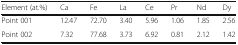
| Element (at.%) | Ca | Fe | La | Ce | Pr | Nd | Dy |
 | --- | --- | --- | --- | --- | --- | --- | --- |
 | Point 001 | 12.47 | 72.70 | 3.40 | 5.96 | 1.06 | 1.85 | 2.56 |
 | Point 002 | 7.32 | 77.68 | 3.73 | 6.92 | 0.81 | 2.12 | 1.42 |